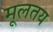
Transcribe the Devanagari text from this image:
मूलतय